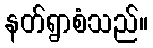
နတ်ရွာစံသည်။